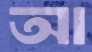
আ